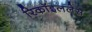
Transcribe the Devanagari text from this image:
रिकॉइललेस